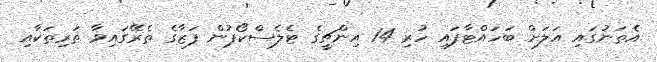
އެތަނުގައި އަލަށް ބަހައްޓާފައި ހުރި 14 އިންޗީގެ ޓެލެސްކޯޕުން ފަޒާގެ ތެރޭގައިވާ ތަރިތަކާއި